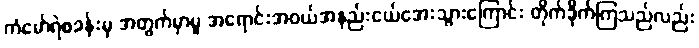
ကံမော်ရဲစခန်းမှ အတွက်မှာမူ အရောင်းအဝယ်အနည်းငယ်အေးသွားကြောင်း တိုက်ခိုက်ကြသည်လည်း